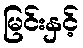
မြင်းနှင့်